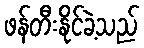
ဖန်တီးနိုင်ခဲ့သည်